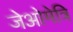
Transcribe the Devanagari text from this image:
जेओमेत्रि